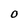
Character: O